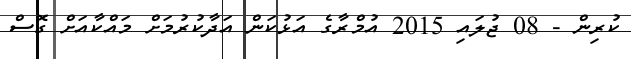
ކުރިން - 08 ޖުލައި 2015 އުމްރާގެ އަޅުކަން އަދާކުރުމަށް މައްކާއަށް ގޮސް